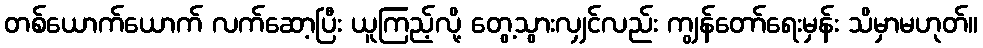
တစ်ယောက်ယောက် လက်ဆော့ပြီး ယူကြည့်လို့ တွေ့သွားလျှင်လည်း ကျွန်တော်ရေးမှန်း သိမှာမဟုတ်။